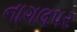
નાગલપર